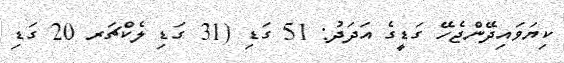
ކިޔަވައިދޭންޖެހޭ ގަޑީގެ އަދަދު: 51 ގަޑި (31 ގަޑި ލެކްޗަރ 20 ގަޑި